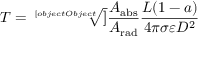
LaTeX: T = { \sqrt [ [object Object] ] { { \frac { A _ { \mathrm { { a b s } } } } { A _ { \mathrm { { r a d } } } } } { \frac { L ( 1 - a ) } { 4 \pi \sigma \varepsilon D ^ { 2 } } } } }